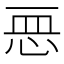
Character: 𢙂